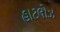
હાટલોઝ